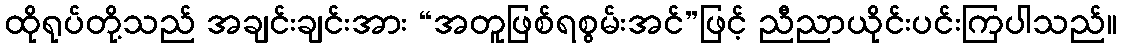
ထိုရုပ်တို့သည် အချင်းချင်းအား “အတူဖြစ်ရစွမ်းအင်”ဖြင့် ညီညာယိုင်းပင်းကြပါသည်။